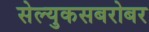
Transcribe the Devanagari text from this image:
सेल्युकसबरोबर